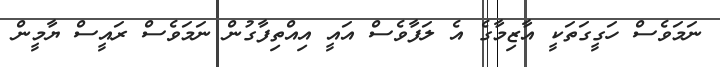
ނަމަވެސް ހަގީގަތަކީ އާޒިމާގެ އެ ލަފާވެސް އައީ އިއްތިފާގުން ނަމަވެސް ރައީސް ޔާމީން